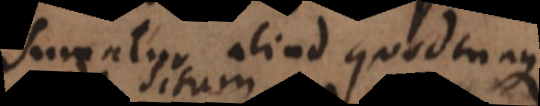
Sumatur aliud quodcunque